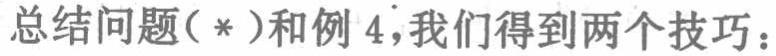
总结问题(*)和例 4，我们得到两个技巧：